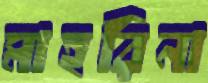
মাহরিনা